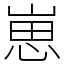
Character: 崽